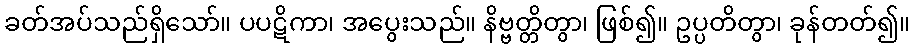
ခတ်အပ်သည်ရှိသော်။ ပပဋိကာ၊ အပွေးသည်။ နိဗ္ဗတ္တိတွာ၊ ဖြစ်၍။ ဥပ္ပတိတွာ၊ ခုန်တတ်၍။